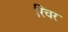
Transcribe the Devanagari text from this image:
रिचर